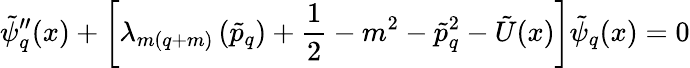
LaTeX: \tilde{\psi}_{q}^{\prime\prime}(x)+\left[\lambda_{m(q+m)}\left(\tilde{p}_{q}\right)+\frac{1}{2}-m^{2}-\tilde{p}_{q}^{2}-\tilde{U}(x)\right]\tilde{\psi}_{q}(x)=0